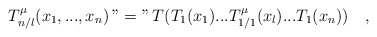
\begin{align*}T^\mu_{n/l}(x_1,...,x_n)\, "=" \, T(T_1(x_1)...T^\mu_{1/1} (x_l)...T_1(x_n)) \quad ,\end{align*}